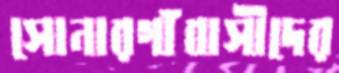
সোনারগাঁবাসীদের